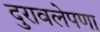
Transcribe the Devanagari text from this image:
दुरावलेपणा